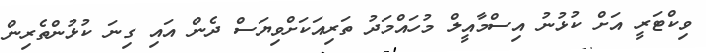
ވިކްޓަރީ އަށް ކުޅުނު އިސްމާއީލް މުހައްމަދު ތަރިއަކަށްވިޔަސް ދެން އައި ގިނަ ކުޅުންތެރިން